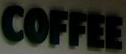
COFFEE